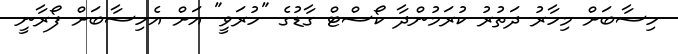
ހިސާބަށް މިހާރު ދަތުރު ކުރަމުންދާ ކޯސްޓް ގާޑުގެ "ހުރަވީ" އަށް އެހިސާބަށް ފޯރާނީ